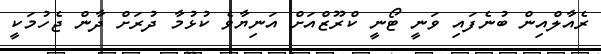
ރެއާލްއިން ބުނެފައި ވަނީ ޓޯނީ ކްރޫޒްއަށް އަނިޔާވެ ކުޅުމާ ދުރަށް ދާން ޖެހުމަކީ